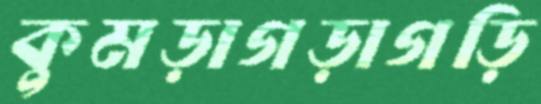
কুমড়াগড়াগড়ি